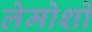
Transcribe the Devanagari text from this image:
लेमोशो